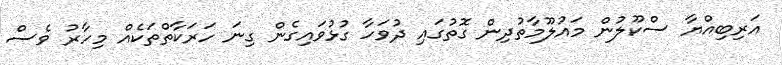
އަރިބިއްޔާ ސްކޫލުން މައުލޫމާތުދިން ގޮތުގައި ދުވަހާ ގުޅުވައިގެން ގިނަ ހަރަކާތްތަކެއް މިހާރު ވެސް